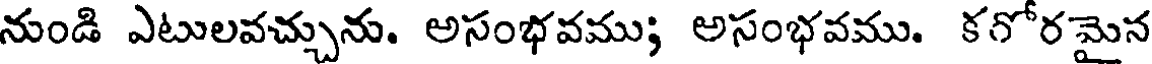
నుండి ఎటులవచ్చును. అసంభవము; అసంభవము. కగోరమైన